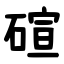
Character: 碹